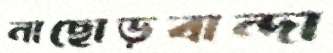
নাছোড়বান্দা